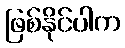
ဖြစ်နိုင်ပါက